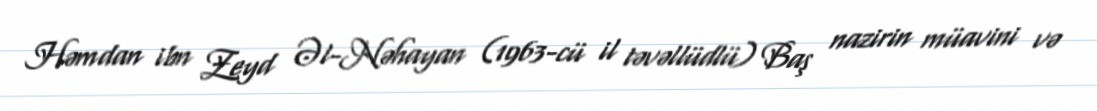
Həmdan ibn Zeyd Əl-Nəhayan (1963-cü il təvəllüdlü) Baş nazirin müavini və